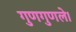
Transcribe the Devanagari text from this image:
गुणगुणले।